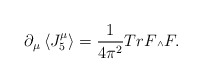
\begin{align*}{\partial}_{\mu} \left\langle J_5^{\mu} \right\rangle = \frac{1}{4{\pi^2}} Tr F \mbox{\tiny $\wedge$} F.\end{align*}